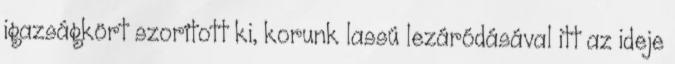
igazságkört szorított ki, korunk lassú lezáródásával itt az ideje